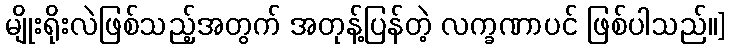
မျိုးရိုးလဲဖြစ်သည့်အတွက် အတုန့်ပြန်တဲ့ လက္ခဏာပင် ဖြစ်ပါသည်။]